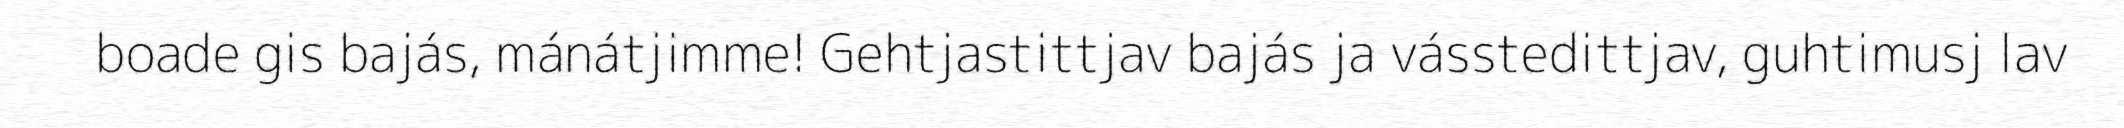
boade gis bajás, mánátjimme! Gehtjastittjav bajás ja vásstedittjav, guhtimusj lav